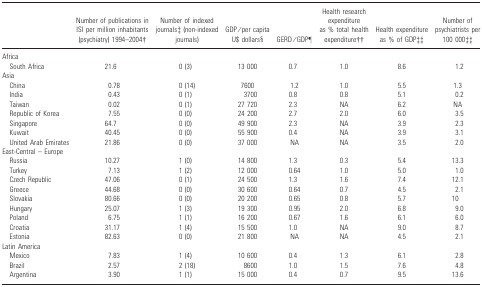
<table><thead><tr><td></td><td><b>Number of publications in ISI per million inhabitants (psychiatry) 1994–2004†</b></td><td><b>Number of indexed journals‡ (non-indexed journals)</b></td><td><b>GDP/per capita U$ dollars§</b></td><td><b>GERD/GDP¶</b></td><td><b>Health research expenditure as % total health expenditure††</b></td><td><b>Health expenditure as % of GDP‡‡</b></td><td><b>Number of psychiatrists per 100 000‡‡</b></td></tr></thead><tbody><tr><td colspan="8">Africa</td></tr><tr><td> South Africa</td><td>21.6</td><td>0 (3)</td><td>13 000</td><td>0.7</td><td>1.0</td><td>8.6</td><td>1.2</td></tr><tr><td colspan="8">Asia</td></tr><tr><td> China</td><td>0.78</td><td>0 (14)</td><td>7600</td><td>1.2</td><td>1.0</td><td>5.5</td><td>1.3</td></tr><tr><td> India</td><td>0.43</td><td>0 (1)</td><td>3700</td><td>0.8</td><td>0.8</td><td>5.1</td><td>0.2</td></tr><tr><td> Taiwan</td><td>0.02</td><td>0 (1)</td><td>27 720</td><td>2.3</td><td>NA</td><td>6.2</td><td>NA</td></tr><tr><td> Republic of Korea</td><td>7.55</td><td>0 (0)</td><td>24 200</td><td>2.7</td><td>2.0</td><td>6.0</td><td>3.5</td></tr><tr><td> Singapore</td><td>64.7</td><td>0 (0)</td><td>49 900</td><td>2.3</td><td>NA</td><td>3.9</td><td>2.3</td></tr><tr><td> Kuwait</td><td>40.45</td><td>0 (0)</td><td>55 900</td><td>0.4</td><td>NA</td><td>3.9</td><td>3.1</td></tr><tr><td> United Arab Emirates</td><td>21.86</td><td>0 (0)</td><td>37 000</td><td>NA</td><td>NA</td><td>3.5</td><td>2.0</td></tr><tr><td colspan="8">East-Central – Europe</td></tr><tr><td> Russia</td><td>10.27</td><td>1 (0)</td><td>14 800</td><td>1.3</td><td>0.3</td><td>5.4</td><td>13.3</td></tr><tr><td> Turkey</td><td>7.13</td><td>1 (2)</td><td>12 000</td><td>0.64</td><td>1.0</td><td>5.0</td><td>1.0</td></tr><tr><td> Czech Republic</td><td>47.06</td><td>0 (1)</td><td>24 500</td><td>1.3</td><td>1.6</td><td>7.4</td><td>12.1</td></tr><tr><td> Greece</td><td>44.68</td><td>0 (0)</td><td>30 600</td><td>0.64</td><td>0.7</td><td>4.5</td><td>2.1</td></tr><tr><td> Slovakia</td><td>80.66</td><td>0 (0)</td><td>20 200</td><td>0.65</td><td>0.8</td><td>5.7</td><td>10</td></tr><tr><td> Hungary</td><td>25.07</td><td>1 (3)</td><td>19 300</td><td>0.95</td><td>2.0</td><td>6.8</td><td>9.0</td></tr><tr><td> Poland</td><td>6.75</td><td>1 (1)</td><td>16 200</td><td>0.67</td><td>1.6</td><td>6.1</td><td>6.0</td></tr><tr><td> Croatia</td><td>31.17</td><td>1 (4)</td><td>15 500</td><td>1.0</td><td>NA</td><td>9.0</td><td>8.7</td></tr><tr><td> Estonia</td><td>82.63</td><td>0 (0)</td><td>21 800</td><td>NA</td><td>NA</td><td>4.5</td><td>2.1</td></tr><tr><td colspan="8">Latin America</td></tr><tr><td> Mexico</td><td>7.83</td><td>1 (4)</td><td>10 600</td><td>0.4</td><td>1.3</td><td>6.1</td><td>2.8</td></tr><tr><td> Brazil</td><td>2.57</td><td>2 (18)</td><td>8600</td><td>1.0</td><td>1.5</td><td>7.6</td><td>4.8</td></tr><tr><td> Argentina</td><td>3.90</td><td>1 (1)</td><td>15 000</td><td>0.4</td><td>0.7</td><td>9.5</td><td>13.6</td></tr></tbody></table>